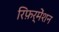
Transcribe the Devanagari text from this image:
रिफ़र्मेंशन